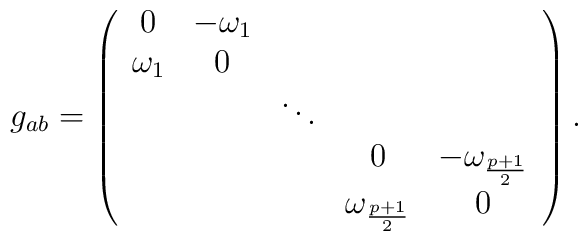
g_{ab}=\left( \begin{array}{ccccc} 0 & -\omega_1 & & & \\ \omega_1 &0& & & \\  & &\ddots & & \\ &&&0 & -\omega_{\frac{p+1}{2}}  \\ &&&\omega_{\frac{p+1}{2}} &0 \\ \end{array} \right).